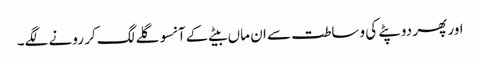
اور پھر دوپٹے کی وساطت سے ان ماں بیٹے کے آنسو گلے لگ کر رونے لگے۔